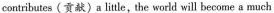
contributes(贡献〉a little,the world will become a much